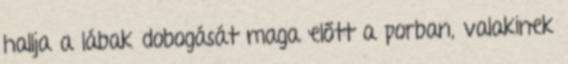
hallja a lábak dobogását maga előtt a porban, valakinek